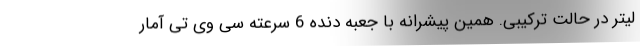
لیتر در حالت ترکیبی. همین پیشرانه با جعبه دنده 6 سرعته سی وی تی آمار